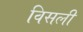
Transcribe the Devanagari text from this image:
विसली